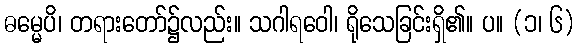
ဓမ္မေပိ၊ တရားတော်၌လည်း။ သဂါရဝေါ၊ ရိုသေခြင်းရှိ၏။ ပ။ (၁၊ ၆)